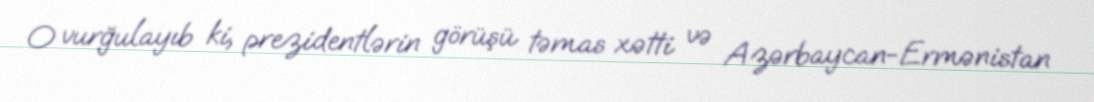
O vurğulayıb ki, prezidentlərin görüşü təmas xətti və Azərbaycan-Ermənistan